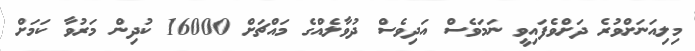
މިލިއަނަށްވުރެ ދަށްވެފައިވީ ނަމަވެސް އަދިވެސް ދުވާލެއްގެ މައްޗަށް 16000 ކުދިން މަރުވާ ކަމަށް